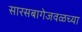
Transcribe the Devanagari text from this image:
सारसबागेजवळच्या